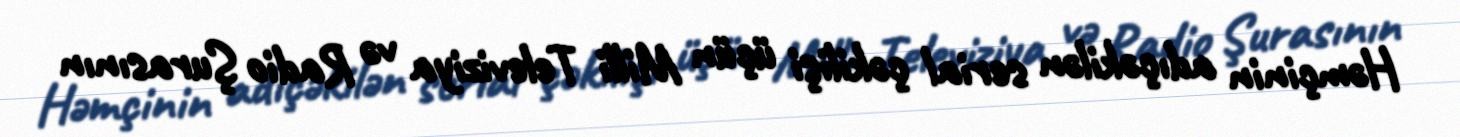
Həmçinin adıçəkilən serial çəkilişi üçün Milli Televiziya və Radio Şurasının